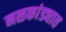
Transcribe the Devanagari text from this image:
नळकांड्यात